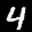
Label: 4